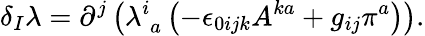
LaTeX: \delta_{I}\lambda=\partial^{j}\left(\lambda_{\; a}^{i}\left(-\epsilon_{0ijk}A^{ka}+g_{ij}\pi^{a}\right)\right).